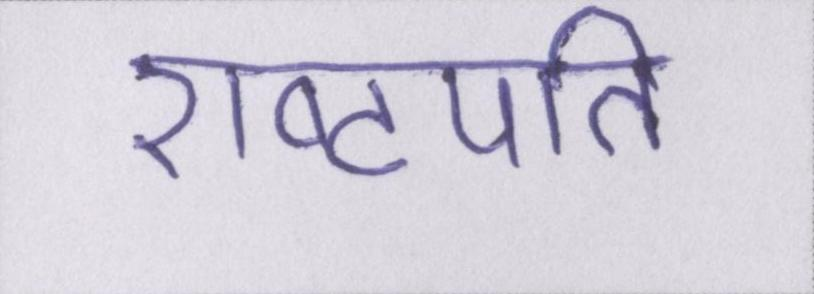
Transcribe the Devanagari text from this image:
राष्ट्रपति